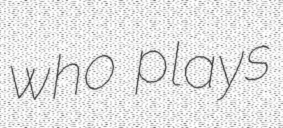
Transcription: who plays